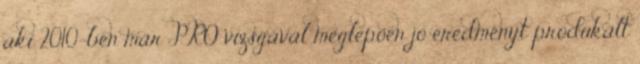
aki 2010-ben már PRO vizsgával meglepően jó eredményt produkált